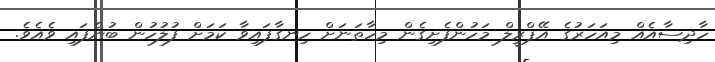
ހާދިސާއެއް މިއަހަރުގެ އޭޕްރީލް މަހުންފެށިގެން މިހާތަނަށް ހިނގާފައިވާ ކަމަށް ފުލުހުން ބުނެފައި ވެއެވެ.